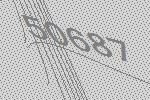
50687